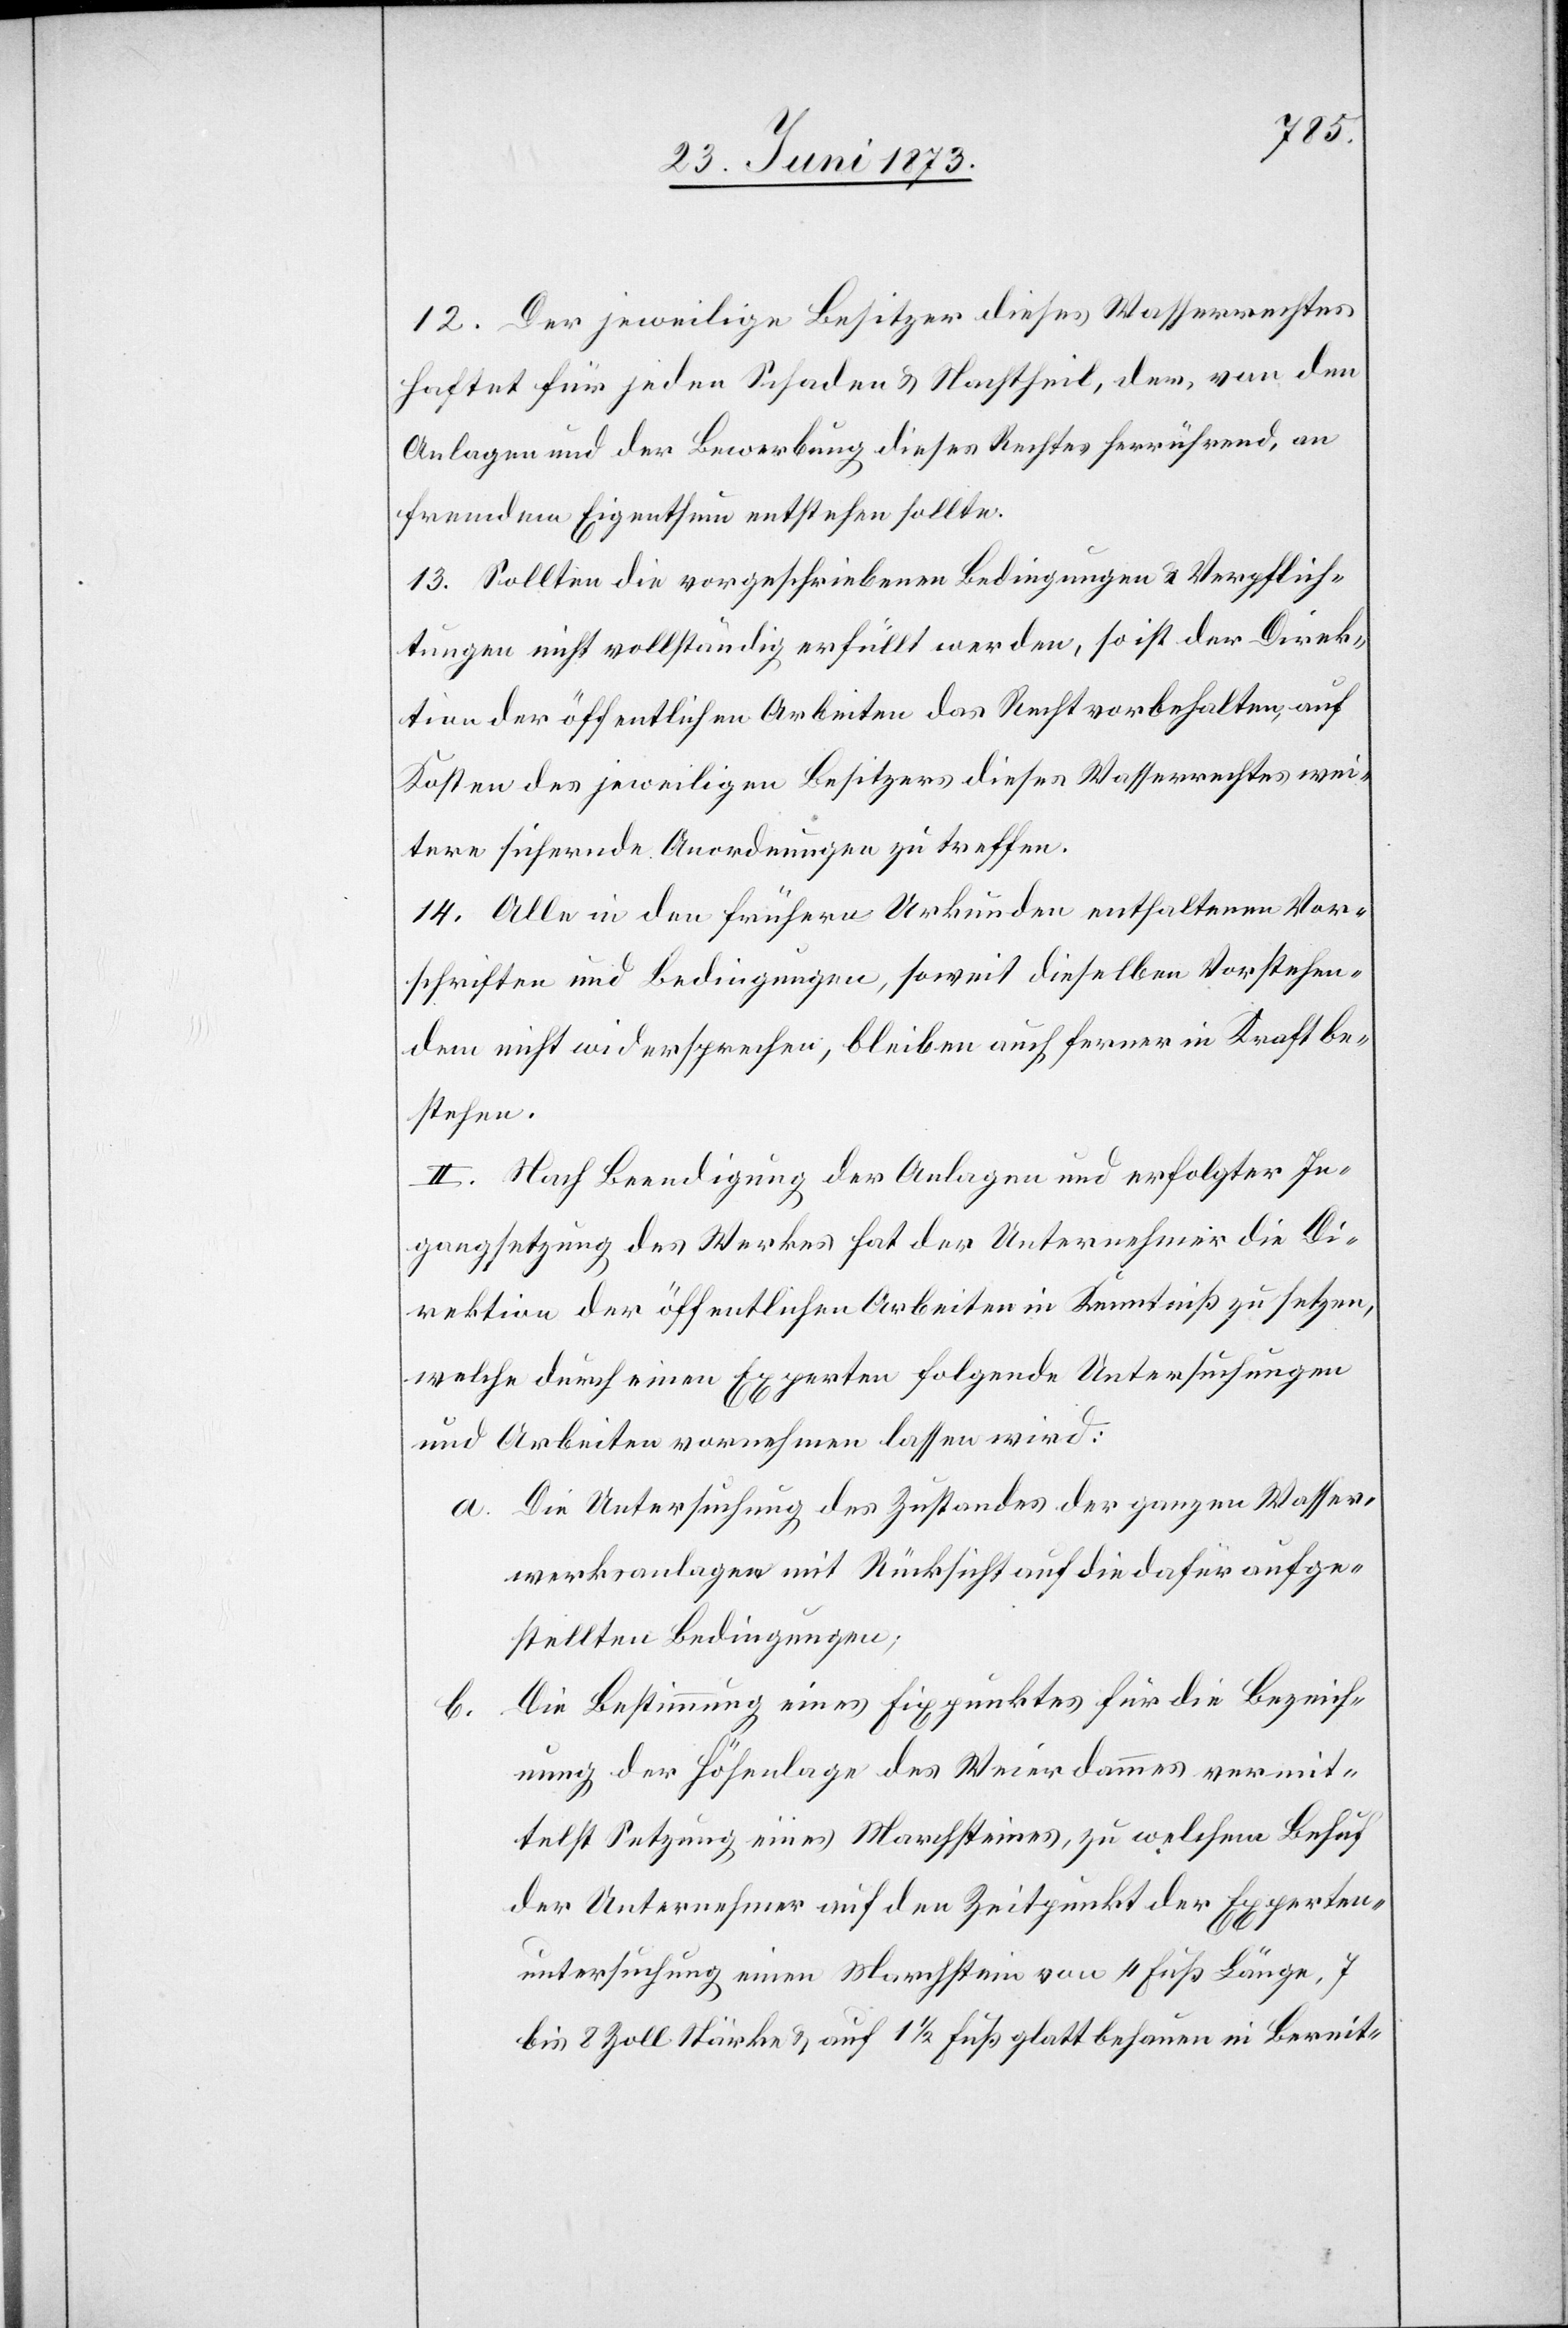
12. Der jeweilige Besitzer dieses Wasserrechtes
haftet für jeden Schaden & Nachtheil, der, von den
Anlagen und der Bewerbung dieses Rechtes herrührend, an
fremdem Eigenthum entstehen sollte.
13. Sollten die vorgeschriebenen Bedingungen & Verpflich¬
tungen nicht vollständig erfüllt werden, so ist der Direk¬
tion der öffentlichen Arbeiten das Recht vorbehalten, auf
Kosten des jeweiligen Besitzers dieses Wasserrechtes wei¬
tere sichernde Anordnungen zu treffen.
14. Alle in den frühern Urkunden enthaltenen Vor¬
schriften und Bedingungen, soweit dieselben Vorstehen¬
dem nicht widersprechen, bleiben auch ferner in Kraft be¬
stehen.
II. Nach Beendigung der Anlagen und erfolgter In¬
gangsetzung des Werkes hat der Unternehmer die Di¬
rektion der öffentlichen Arbeiten in Kenntniß zu setzen,
welche durch einen Experten folgende Untersuchungen
und Arbeiten vornehmen lassen wird:
a. Die Untersuchung des Zustandes der ganzen Wasser¬
werksanlagen mit Rücksicht auf die dafür aufge¬
stellten Bedingungen;
Die Bestimmung eines Fixpunktes für die Bezeich¬
b.
nung der Höhenlage des Weierdammes vermit¬
telst Setzung eines Marchsteines, zu welchem Behuf
der Unternehmer auf den Zeitpunkt der Experten¬
untersuchung einen Marchstein von 4 Fuß Länge, 7
bis 8 Zoll Stärke & auf 1 1/2 Fuß glatt behauen in Bereit-